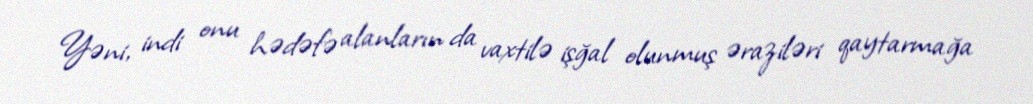
Yəni, indi onu hədəfə alanların da vaxtilə işğal olunmuş əraziləri qaytarmağa